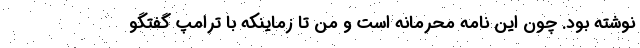
نوشته بود. چون این نامه محرمانه است و من تا زماینکه با ترامپ گفتگو